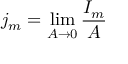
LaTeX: j _ { m } = \operatorname* { l i m } _ { A \rightarrow 0 } { \frac { I _ { m } } { A } }